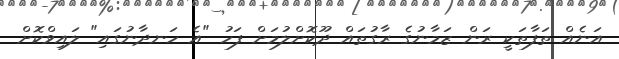
އަނެއް ތަފާތަކީ ރަން ޒަމާނުގެ ރާގުތައް ދޫކޮށްލުމަށް ފަހު "އެ ހަނދާނުގައި" ލައިވްކޮށް